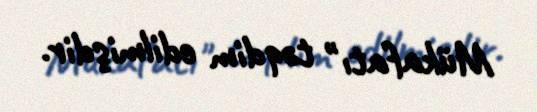
Mükafatı" təqdim edilmişdir.